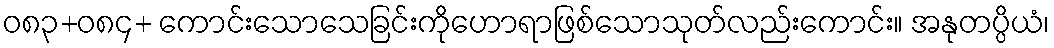
ဝ၈၃+၀၈၄+ ကောင်းသောသေခြင်းကိုဟောရာဖြစ်သောသုတ်လည်းကောင်း။ အနုတပ္ပိယံ၊